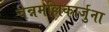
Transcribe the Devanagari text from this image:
चेन्नमल्लिकार्जुना